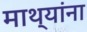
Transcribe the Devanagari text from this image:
माथ्यांना